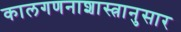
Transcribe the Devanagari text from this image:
कालगणनाशास्त्रानुसार